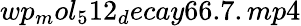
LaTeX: wp_{m}ol_{5}12_{d}ecay66.7.mp4